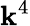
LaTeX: \mathbf{k}^{4}